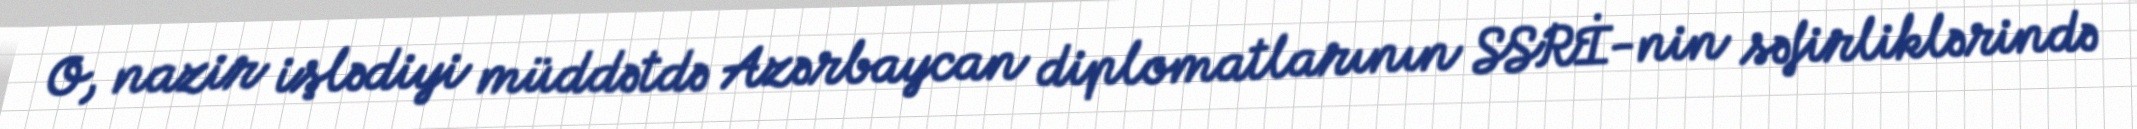
O, nazir işlədiyi müddətdə Azərbaycan diplomatlarının SSRİ-nin səfirliklərində